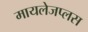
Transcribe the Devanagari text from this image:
मायलेजप्लस